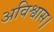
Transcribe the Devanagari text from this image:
अविश्वास।